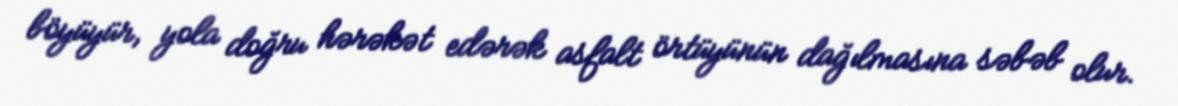
böyüyür, yola doğru hərəkət edərək asfalt örtüyünün dağılmasına səbəb olur.